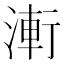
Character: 𭱤